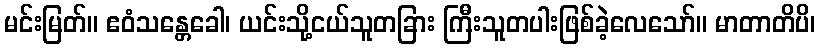
မင်းမြတ်။ ဧဝံသန္တေခေါ၊ ယင်းသို့ငယ်သူတခြား ကြီးသူတပါးဖြစ်ခဲ့လေသော်။ မာတာတိပိ၊